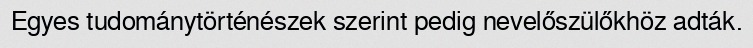
Egyes tudománytörténészek szerint pedig nevelőszülőkhöz adták.